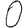
Digit: 0